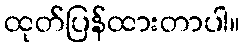
ထုတ်ပြန်ထားတာပါ။